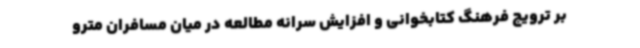
بر ترویج فرهنگ کتابخوانی و افزایش سرانه مطالعه در میان مسافران مترو